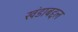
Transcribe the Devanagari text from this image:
खंडाबद्दल